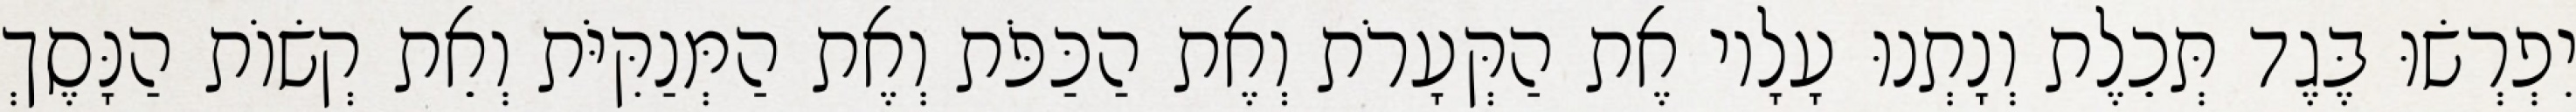
יִפְרְשׂוּ בֶּגֶד תְּכֵלֶת וְנָתְנוּ עָלָיו אֶת הַקְּעָרֹת וְאֶת הַכַּפֹּת וְאֶת הַמְּנַקִּיֹּת וְאֵת קְשׂוֹת הַנָּסֶךְ